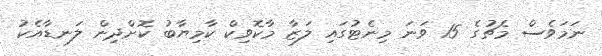
ނަމަވެސް މެޗުގެ 15 ވަނަ މިނެޓުގައި ލަޒާ މާކޮވިކް ކާމިޔާބު ކޮށްދިން ލަނޑާއެކު